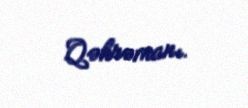
Qəhrəmanı.